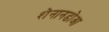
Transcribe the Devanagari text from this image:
शेनानडोआ